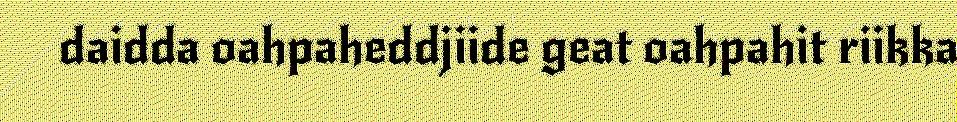
daidda oahpaheddjiide geat oahpahit riikka